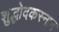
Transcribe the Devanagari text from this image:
शुद्धोदकस्नान